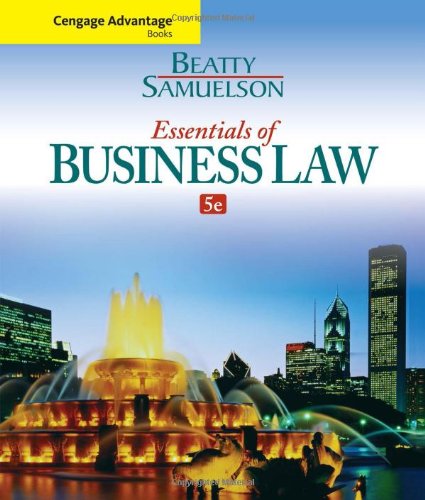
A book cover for Cengage Advantage Books: Essentials of Business Law; Jeffrey F. Beatty; Law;